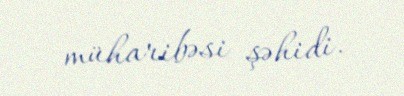
müharibəsi şəhidi.